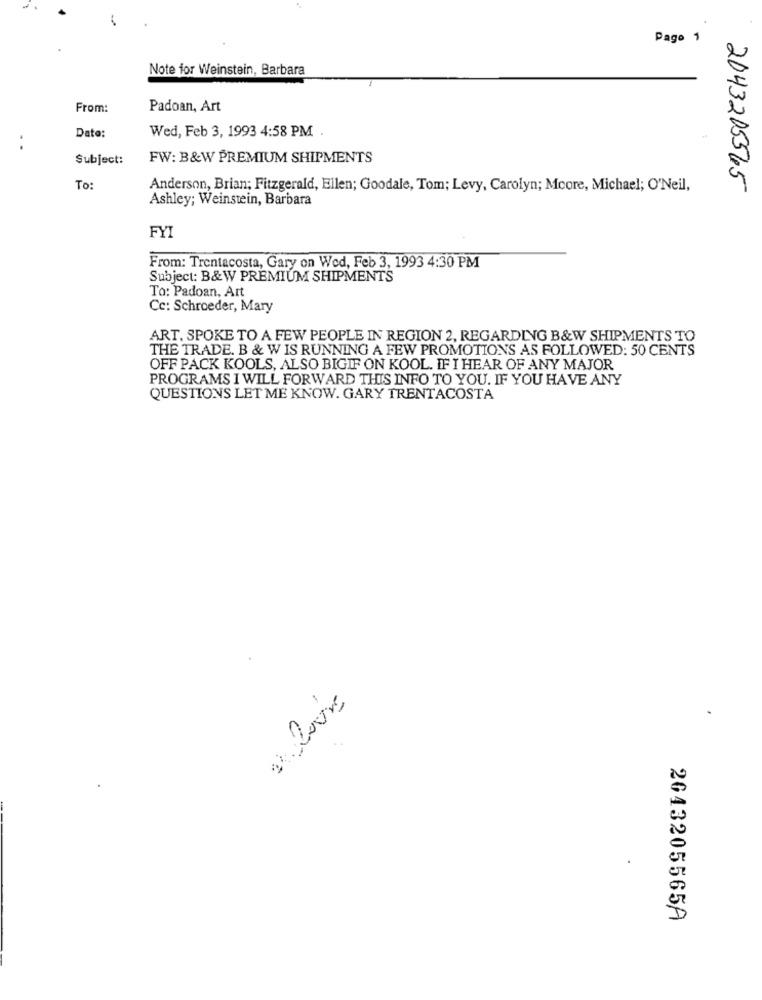
-
Pago 1
Note for Weinstein, Barbara
From:
Padoan, Art
Date:
Wed, Feb 3, 1993 4:58 PM
Subject:
FW: B&W PREMIUM SHIPMENTS
To:
Anderson, Brian; Fitzgerald, Ellen; Goodale, Tom; Levy, Carolyn; Mcore, Michael; O'Neil,
2043205565
Ashley; Weinstein, Barbara
FYI
From: Trentacosta, Gary on Wed, Feb 3, 1993 4:30 PM
Subject: B&W PREMIUM SHIPMENTS
To: Padoan, Art
Cc: Schroeder, Mary
ART. SPOKE TO A FEW PEOPLE IN REGION 2, REGARDING B&W SHIPMENTS TO
THE TRADE. B & W IS RUNNING A FEW PROMOTIONS AS FOLLOWED: 50 CENTS
OFF PACK KOOLS, ALSO BIGIF ON KOOL. IF I HEAR OF ANY MAJOR
PROGRAMS I WILL FORWARD THIS INFO TO YOU. IF YOU HAVE ANY
QUESTIONS LET ME KNOW. GARY TRENTACOSTA
2643205565A